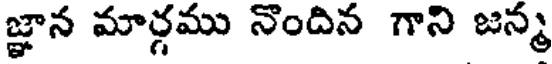
జ్ఞాన మార్గము నొందిన గాని జన్మ